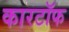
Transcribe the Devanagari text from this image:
कारटॉफ